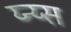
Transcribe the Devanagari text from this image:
य्न्य्स